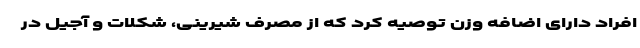
افراد دارای اضافه وزن توصیه کرد که از مصرف شیرینی، شکلات و آجیل در